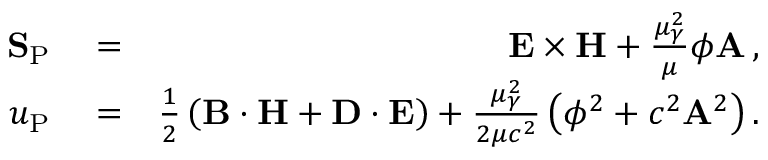
\begin{array} { r l r } { { \bf S } _ { \mathrm { P } } } & { { } = } & { { \bf E } \times { \bf H } + \frac { \mu _ { \gamma } ^ { 2 } } { \mu } \phi { \bf A } \, , } \\ { u _ { \mathrm { P } } } & { { } = } & { \frac { 1 } { 2 } \left( { \bf B } \cdot { \bf H } + { \bf D } \cdot { \bf E } \right) + \frac { \mu _ { \gamma } ^ { 2 } } { 2 \mu c ^ { 2 } } \left( \phi ^ { 2 } + c ^ { 2 } { \bf A } ^ { 2 } \right) . } \end{array}